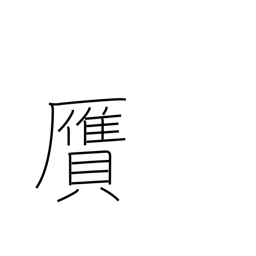
Meaning: forgery